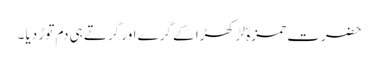
حضرت حمزہؓ لڑکھڑا کے گرے اور گرتے ہی دم توڑ دیا ۔